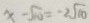
x - \sqrt { 1 0 } = - 2 \sqrt { 1 0 }